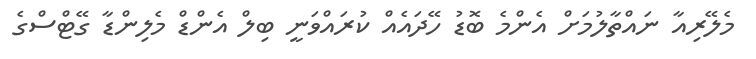
މެލޭރިއާ ނައްތާލުމަށް އެންމެ ބޮޑު ހޭދައެއް ކުރައްވަނީ ބިލް އެންޑް މެލިންޑާ ގޭޓްސްގެ